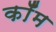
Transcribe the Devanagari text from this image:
कॉँम